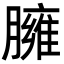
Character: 臃